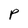
Character: P